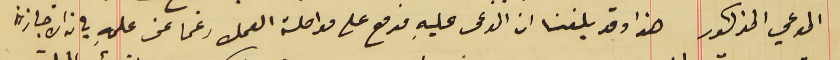
المدعي المذكور هذا وقد بلغنا ان المدعى عليهِ مزمع على مواصلة العمل رغما عن علمهِ بان الاجازة